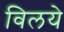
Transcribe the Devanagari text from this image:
विलये